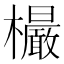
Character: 𣠨